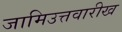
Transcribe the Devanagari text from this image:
जामिउत्तवारीख